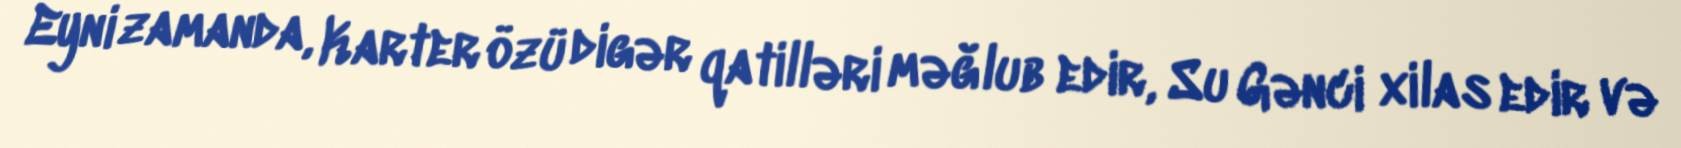
Eyni zamanda, Karter özü digər qatilləri məğlub edir, Su Gənci xilas edir və